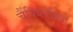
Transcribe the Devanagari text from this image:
चैंपियनशिपो